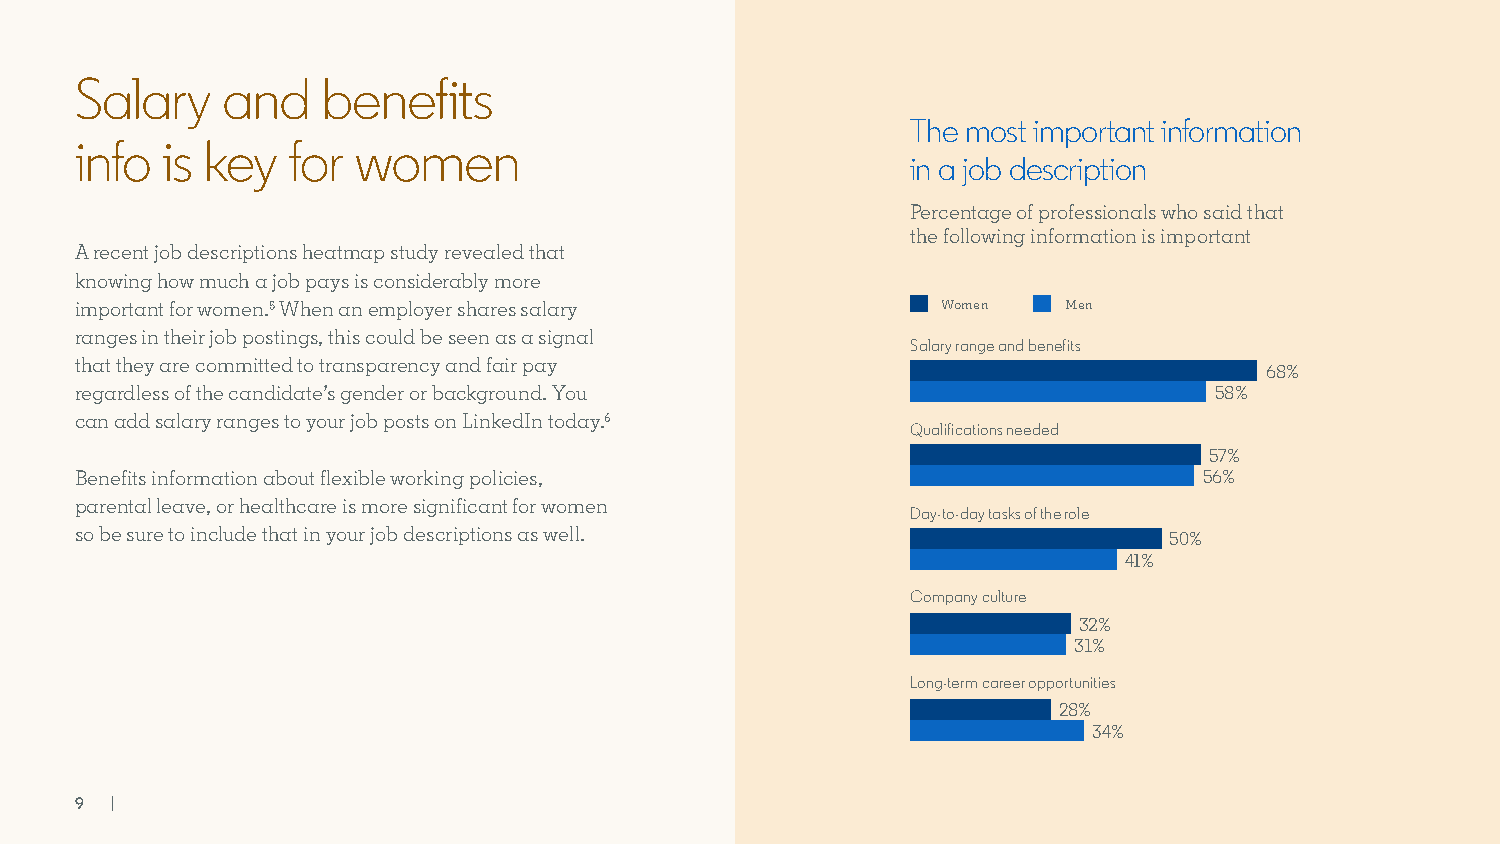
Salary    and   benefits
 The most important information
 info  is key  for women
 in a job description
 Percentage of professionals who said that
 the following information is important
 A recent job descriptions heatmap study revealed that
 knowing how much a job pays is considerably more
 important for women.5 When an employer shares salary     Women    Men
 ranges in their job postings, this could be seen as a signal
 Salary range and benefits
 that they are committed to transparency and fair pay
 68%
 regardless of the candidate’s gender or background. You                    58%
 can add salary ranges to your job posts on LinkedIn today.6
 Qualifications needed
 57%
 Benefits information about flexible working policies,                      56%
 parental leave, or healthcare is more significant for women
 Day-to-day tasks of the role
 so be sure to include that in your job descriptions as well.
 50%
 41%
 Company culture
 32%
 31%
 Long-term career opportunities
 28%
 34%
 9 |